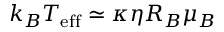
k _ { B } T _ { \mathrm { e f f } } \simeq \kappa \eta R _ { B } \mu _ { B }